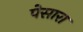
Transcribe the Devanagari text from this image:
पेसारा